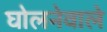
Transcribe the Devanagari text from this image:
घोलनेवाले